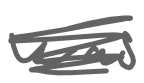
Text: was
Cross-out: scratch
Writing tool: digital_gray